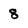
Character: 8